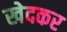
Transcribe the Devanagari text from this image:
खेदकर